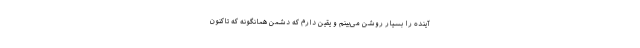
آینده را بسیار روشن می‌بینم و یقین دارم که دشمن همانگونه که تاکنون